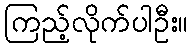
ကြည့်လိုက်ပါဦး။